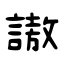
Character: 謸